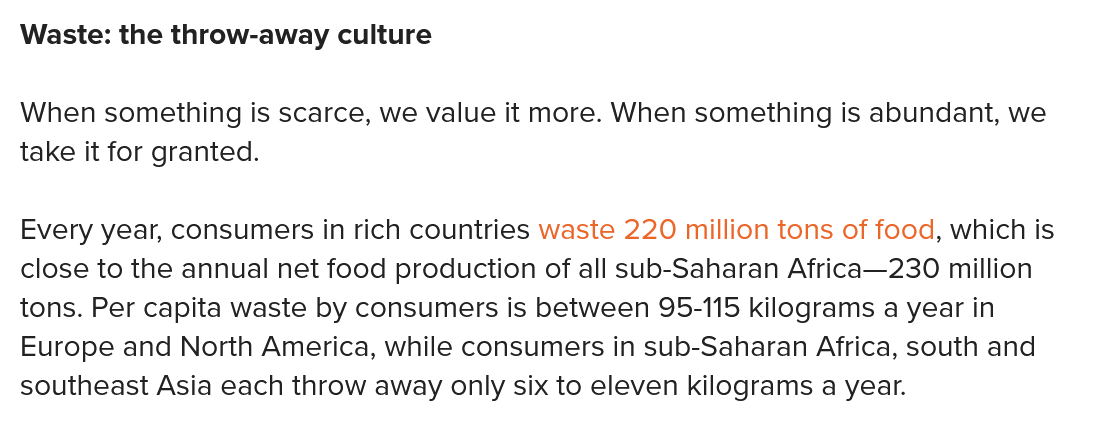
Waste: the throw-away culture
  When something is scarce, we value it more. When something is abundant, we
  take it for granted.
  Every year, consumers in rich countries waste 220 million tons of food, which is
  close to the annual net food production of all sub-Saharan Africa—230 million
  tons. Per capita waste by consumers is between 95-115 kilograms a year in
  Europe and North America, while consumers in sub-Saharan Africa, south and
  southeast Asia each throw away only six to eleven kilograms a year.